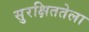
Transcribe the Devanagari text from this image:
सुरक्षिततेला